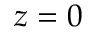
z = 0